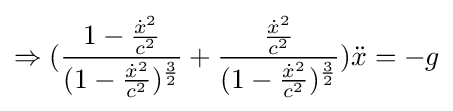
\Rightarrow ({\frac {1-{\frac {{\dot {x}}^{2}}{c^{2}}}}{(1-{\frac {{\dot {x}}^{2}}{c^{2}}})^{\frac {3}{2}}}}+{\frac {\frac {{\dot {x}}^{2}}{c^{2}}}{(1-{\frac {{\dot {x}}^{2}}{c^{2}}})^{\frac {3}{2}}}}){\ddot {x}}=-g